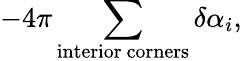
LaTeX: -4\pi\sum_{\mathrm{interior~corners}}\delta\alpha_{i},